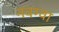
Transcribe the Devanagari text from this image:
नवग्वा